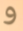
و